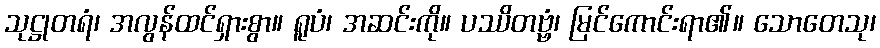
သုဋ္ဌုတရံ၊ အလွန်ထင်ရှားစွာ။ ရူပံ၊ အဆင်းကို။ ပဿိတဗ္ဗံ၊ မြင်ကောင်းရာ၏။ သောတေသု၊